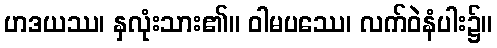
ဟဒယဿ၊ နှလုံးသား၏။ ဝါမပဿေ၊ လက်ဝဲနံပါး၌။